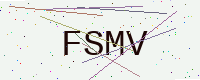
Text: FSMV